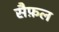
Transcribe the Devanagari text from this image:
सैफ़ल